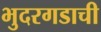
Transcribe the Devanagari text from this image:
भुदरगडाची